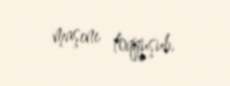
maşını toqquşub.